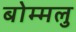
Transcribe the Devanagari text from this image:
बोम्मलु